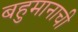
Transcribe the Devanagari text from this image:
बहुमानाची